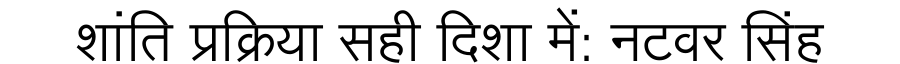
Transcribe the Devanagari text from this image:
शांति प्रक्रिया सही दिशा में: नटवर सिंह